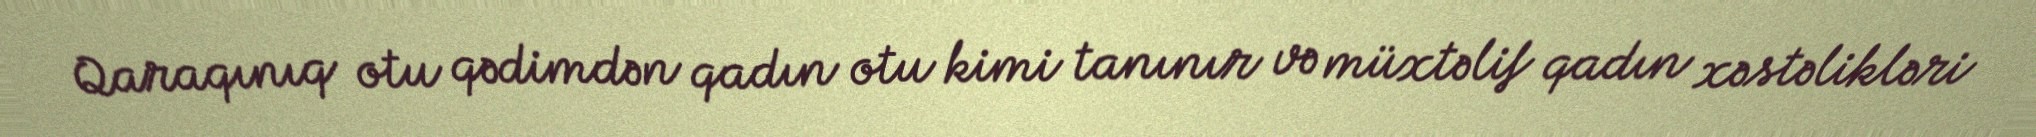
Qaraqınıq otu qədimdən qadın otu kimi tanınır və müxtəlif qadın xəstəlikləri